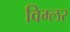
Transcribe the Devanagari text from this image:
विग्लर